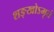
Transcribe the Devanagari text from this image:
शङ्खोऽमृतं